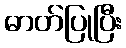
ဓာတ်ပြုပြီး